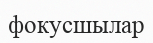
фокусшылар